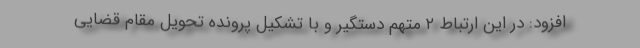
افزود: در این ارتباط ۲ متهم دستگیر و با تشکیل پرونده تحویل مقام قضایی